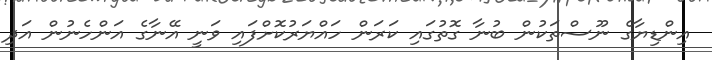
އިންޑިޔާގެ ނޫސްތަކުން ބުނާ ގޮތުގައި ކަރަން ހައްޔަރުކޮށްފައި ވަނީ އޭނާގެ އަންހެނުން އަދި